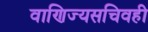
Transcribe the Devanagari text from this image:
वाणिज्यसचिवही